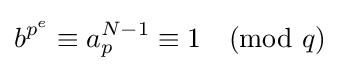
b^{p^{e}}\equiv a_{p}^{N-1}\equiv 1{\pmod {q}}